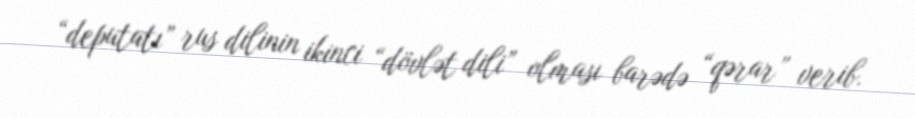
“deputatı” rus dilinin ikinci “dövlət dili” olması barədə “qərar” verib.